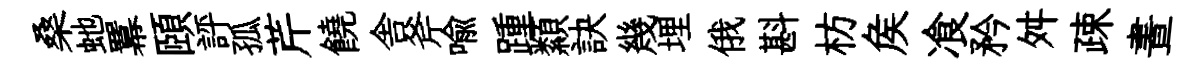
桑虵羃頤評孤芹饒舎斧喩踵纇訣幾埋俄斟枋矦飡矜舛疎晝